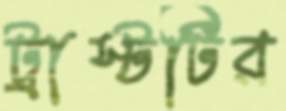
ট্রাস্টটির